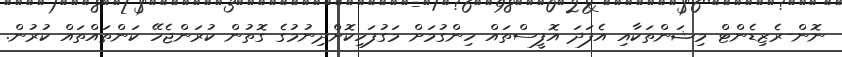
ނޮން-ރެޒިޑެންޓް މިޝަންތަކާއި އެފަދަ އޮފީސްތައް ހިންގުމަށް މަގުފަހިކޮށްދިނުމުގެ ގޮތުން ކުރަންޖެހޭ ކަންތައްތައް ކުރުން.